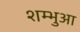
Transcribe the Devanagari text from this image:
शम्भुआ